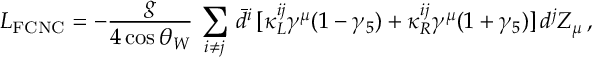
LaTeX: { \cal L } _ { \mathrm { F C N C } } = - \frac { g } { 4 \cos \theta _ { W } } \, \sum _ { i \neq j } \, \bar { d } ^ { i } \, [ \kappa _ { L } ^ { i j } \gamma ^ { \mu } ( 1 - \gamma _ { 5 } ) + \kappa _ { R } ^ { i j } \gamma ^ { \mu } ( 1 + \gamma _ { 5 } ) ] \, d ^ { j } Z _ { \mu } \, ,